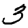
Digit: 3